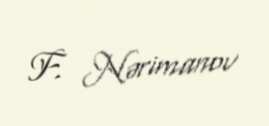
F. Nərimanov